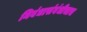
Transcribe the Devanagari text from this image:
निबंधासंबंधीचाच